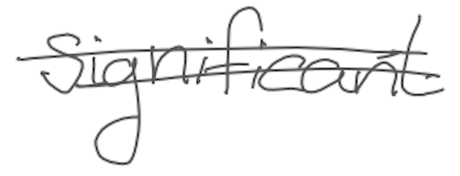
Text: significant
Cross-out: double-line
Writing tool: digital_gray